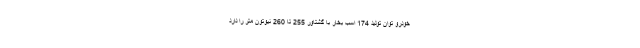
خودرو توان تولید 174 اسب بخار با گشتاور 255 تا 260 نیوتون متر را دارد